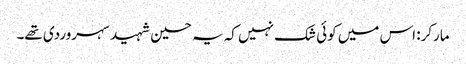
مارکر: اس میں کوئی شک نہیں کہ یہ حسین شہید سہروردی تھے۔